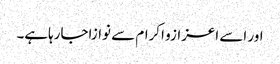
اور اسے اعزازو اکرام سے نوازاجارہاہے۔